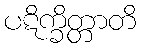
ပဋိက္ခိတ္တာတိ